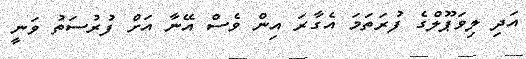
އަދި ލިވަޕޫލްގެ ފުރަތަމަ އެގާރަ އިން ވެސް އޭނާ އަށް ފުރުސަތު ވަނީ